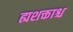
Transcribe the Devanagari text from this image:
ह्यशक्ताश्च